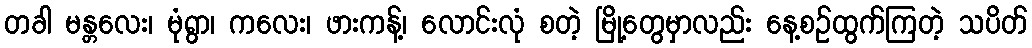
တခါ မန္တလေး၊ မုံရွာ၊ ကလေး၊ ဖားကန့်၊ လောင်းလုံ စတဲ့ မြို့တွေမှာလည်း နေ့စဉ်ထွက်ကြတဲ့ သပိတ်